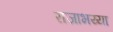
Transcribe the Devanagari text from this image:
राजाभय्या